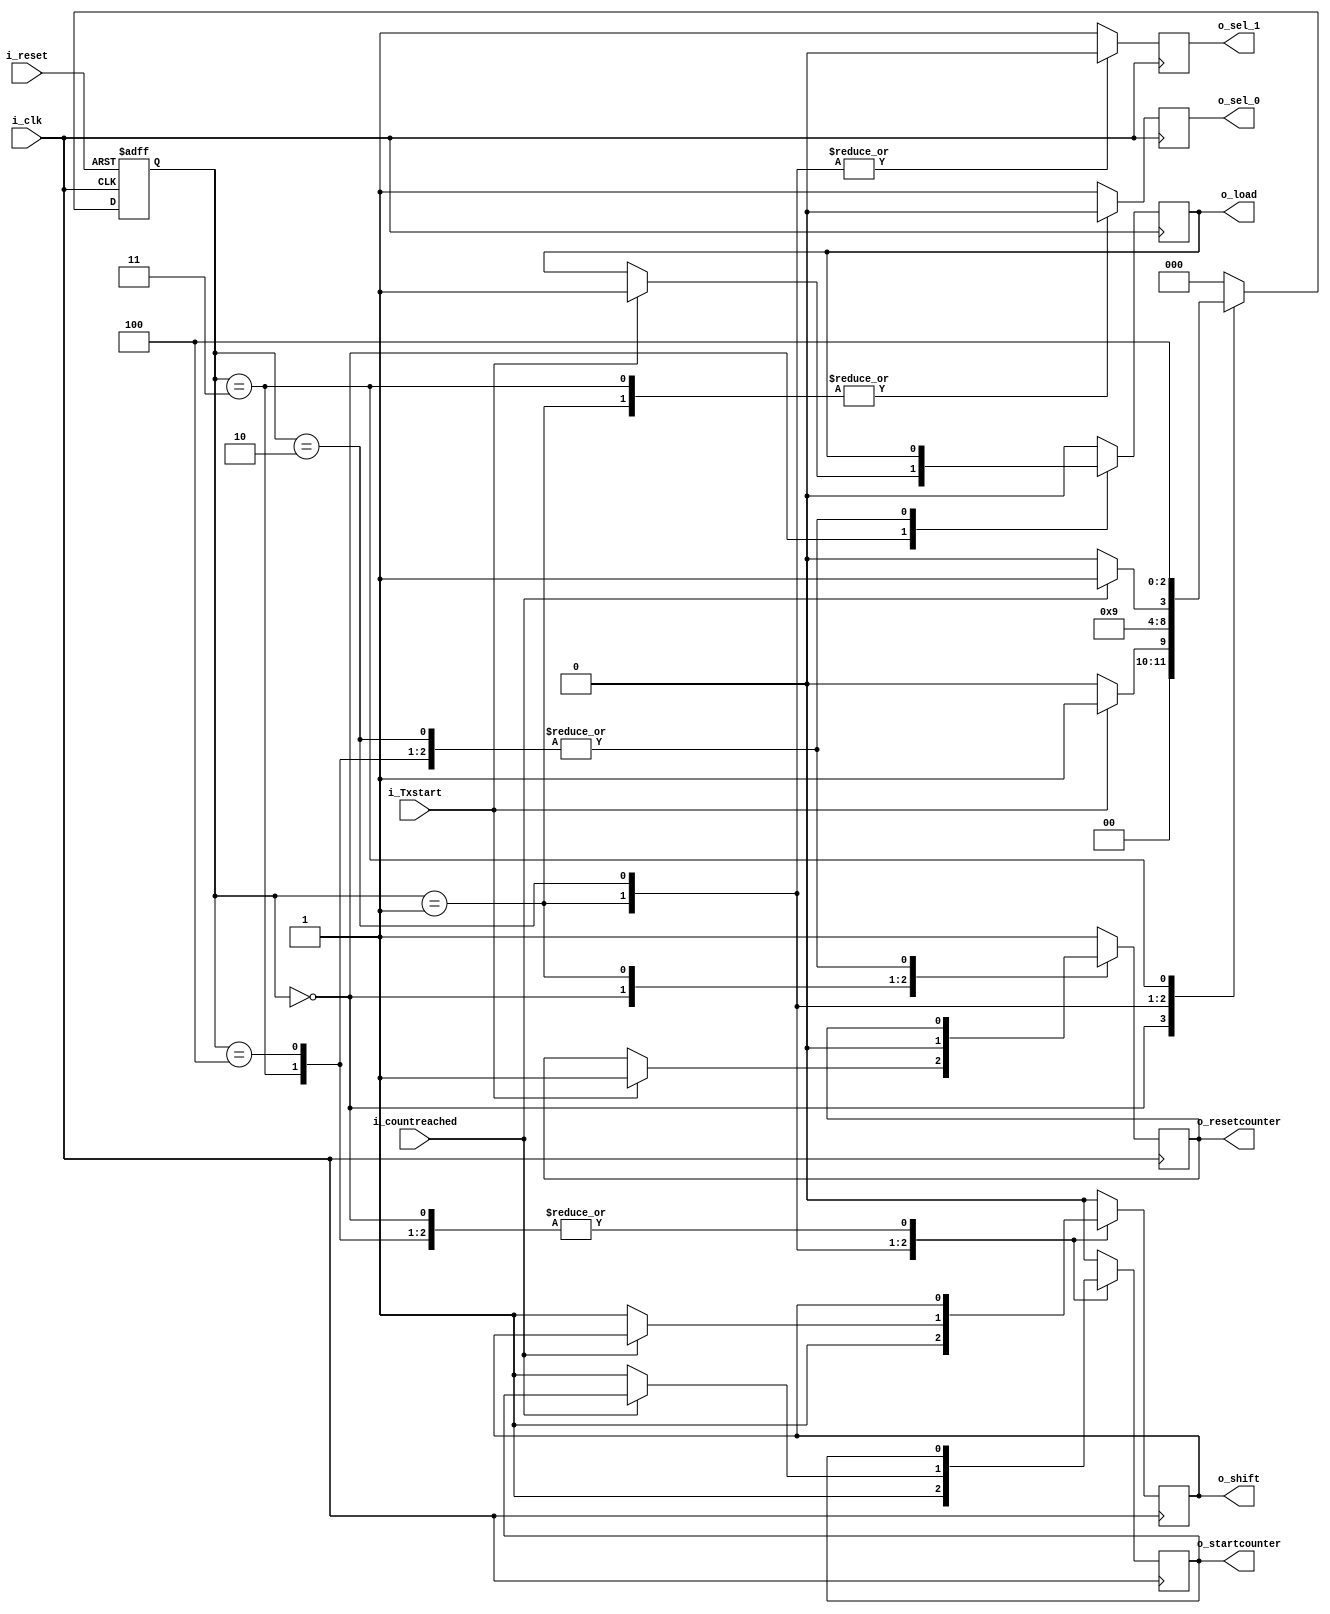


  module fsm_tx(i_Txstart,i_clk,i_reset,i_countreached,
                o_shift,o_load,o_sel_1,o_sel_0,o_startcounter,o_resetcounter);

   input i_Txstart,i_clk,i_reset,i_countreached;
   output reg o_load,o_resetcounter,o_sel_0,o_sel_1,o_shift,o_startcounter;

   parameter IDLE   = 3'b000,
             START  = 3'b001,
             DATA   = 3'b010,
             PARITY = 3'b011,
             STOP	= 3'b100;

   reg [2:0] PS,NS;


   //------ Present state logic -------------
   always@(posedge i_clk,negedge i_reset)   
      begin
	      if(!i_reset)
		      PS <= IDLE;
          else
              PS <= NS;		  
      end	  
	  
	//------ Next state decoder logic -------------
    always @ (PS,i_Txstart,i_countreached)
       begin

		 case(PS)
		    IDLE    :   NS = (i_Txstart) ? START : IDLE;
			
			START   :   NS = DATA;
			
			DATA    :   NS = (i_countreached) ? PARITY : DATA;
			
			PARITY  :   NS = STOP;
			
			STOP    :   NS = IDLE;
			
			default :   NS = IDLE;
		 endcase
        end	   
	
    //------ Output logic -------------	
	always @ (posedge i_clk)
        begin
		   case(PS)
		    IDLE    :   begin
			               o_sel_1 = 1'b1;
                           o_sel_0 = 1'b1;   // to assign one(stopBit) to output		
                           if(i_Txstart)
						     begin
							    o_resetcounter = 1'b1;
                                o_load = 1'b1;
                             end								
			            end
			
			START   :   begin
			               o_sel_1 = 1'b0;
                           o_sel_0 = 1'b0;   // to assign zero(startBit) to output	
			               o_shift = 1'b1;
						   o_load  = 1'b0;
						   o_startcounter = 1'b1;
						   o_resetcounter = 1'b0;
			            end
			
			DATA    :   begin
			               o_sel_1 = 1'b0;
                           o_sel_0 = 1'b1;   // to assign data to output	
			               if(!i_countreached)
						     begin
						       o_startcounter = 1'b1;
							   o_shift = 1'b1;
							 end  
					    end
			
			PARITY  :   begin
			              o_sel_1 = 1'b1;
                          o_sel_0 = 1'b0;   // to assign parity to output	
			            end
			
			STOP    :   begin
			              o_sel_1 = 1'b1;
                          o_sel_0 = 1'b1;   // to assign one(stopBit) to output	
			            end
			
			default :   begin
			               o_sel_1 = 1'b1;
						   o_sel_0 = 1'b1;
						   o_load  = 1'b0;
						   o_shift = 1'b0;
						   o_startcounter = 1'b0;
						   o_resetcounter = 1'b1;
                        end		
           endcase			
		end
		
   endmodule